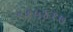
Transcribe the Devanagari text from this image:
९१५४१७